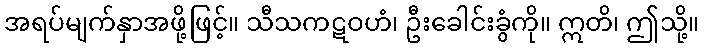
အရပ်မျက်နှာအဖို့ဖြင့်။ သီသကဋဝဟံ၊ ဦးခေါင်းခွံကို။ ဣတိ၊ ဤသို့။